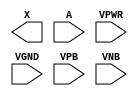
module sky130_fd_sc_ms__dlygate4sd2 (
    X   ,
    A   ,
    VPWR,
    VGND,
    VPB ,
    VNB
);

    output X   ;
    input  A   ;
    input  VPWR;
    input  VGND;
    input  VPB ;
    input  VNB ;
endmodule